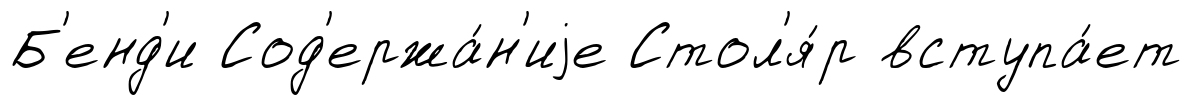
Б'енд'и Сод'ержа́н'иjе Стол'я́р вступа́ет